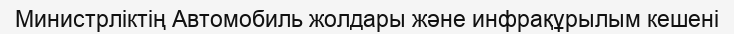
Министрліктің Автомобиль жолдары және инфрақұрылым кешені